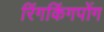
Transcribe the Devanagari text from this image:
रिंगकिंगपोंग